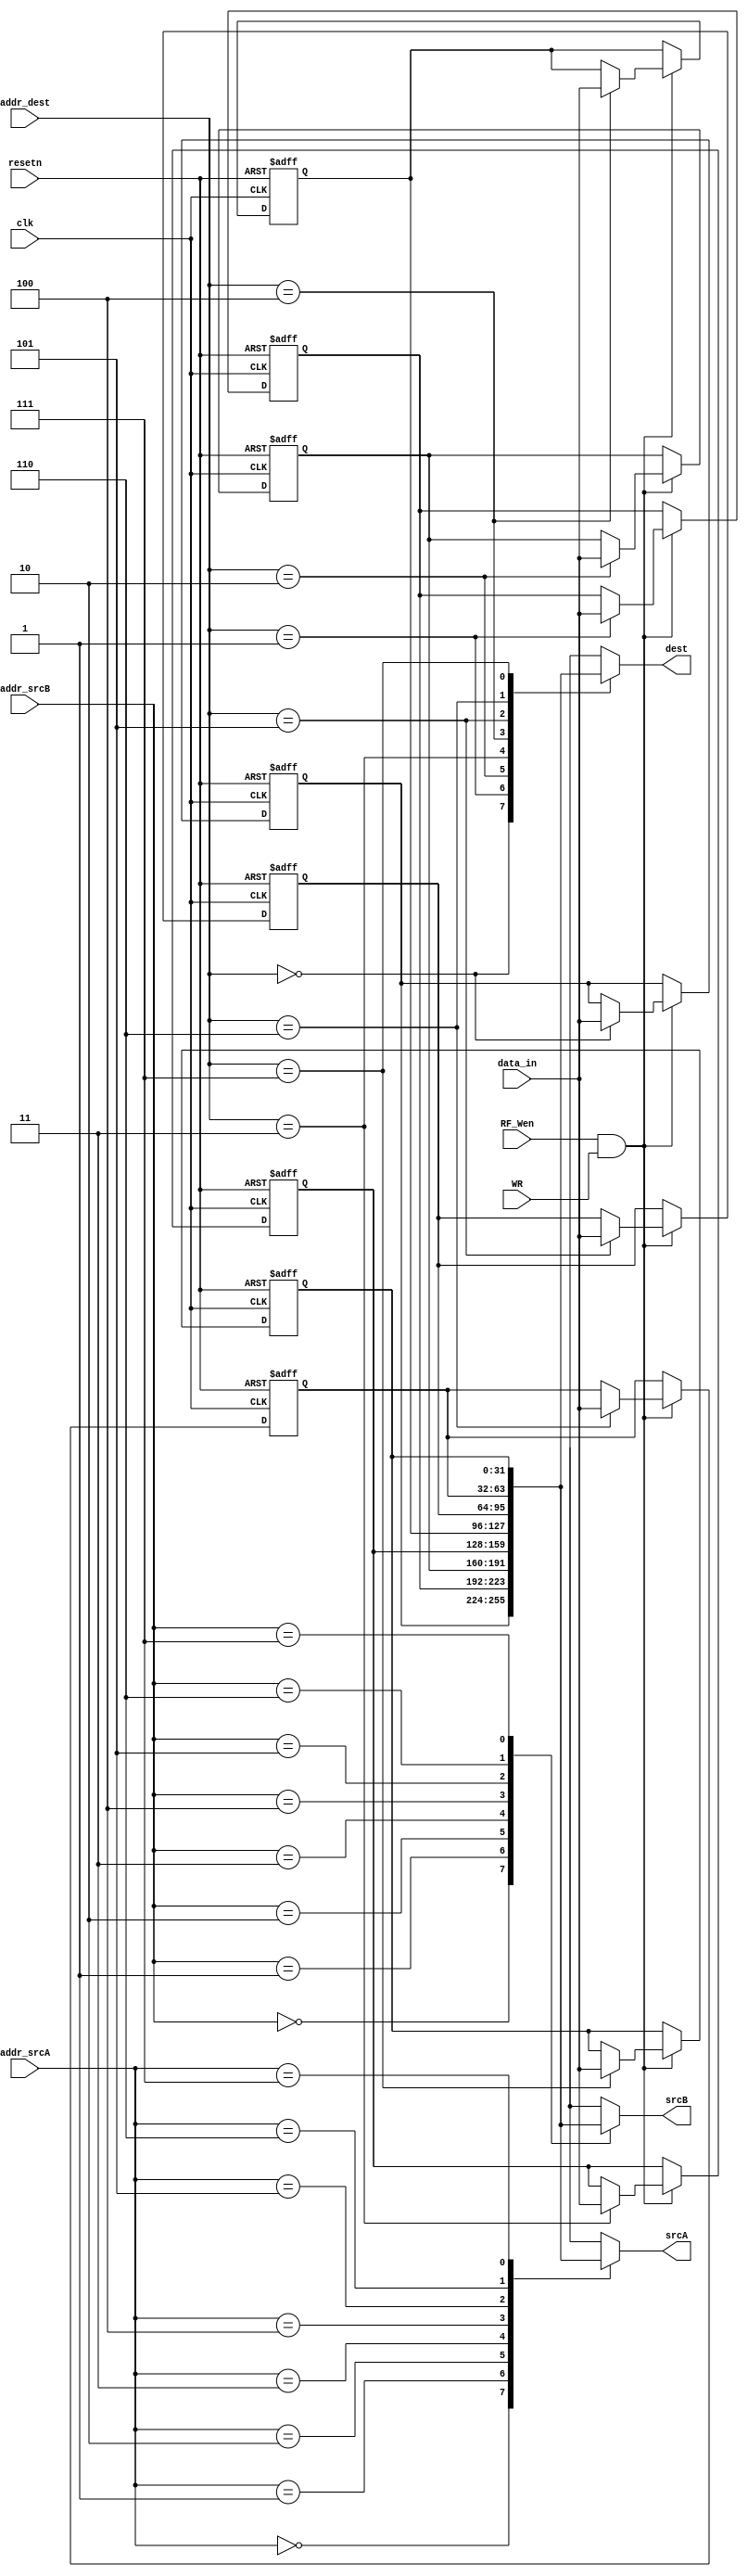
module RF (
  clk,
  resetn,
  addr_srcA,
  addr_srcB,
  addr_dest,
  data_in,
  RF_Wen,
  WR,

  dest,
  srcA,
  srcB
);

  // Word length
  parameter W = 32;

  // Input and outputs
  input          clk;
  input          resetn;
  input  [2:0]   addr_srcA;
  input  [2:0]   addr_srcB;
  input  [2:0]   addr_dest;
  input  [W-1:0] data_in;
  input          RF_Wen;
  input          WR;

  output [W-1:0] dest;
  output [W-1:0] srcA;
  output [W-1:0] srcB;

  // Inner reg
  reg [W-1:0] register [7:0];


  always @(posedge clk or negedge resetn)
    begin
      if (resetn == 1'b0)
        begin
          register[0] <= {W{1'b0}};
          register[1] <= {W{1'b0}};
          register[2] <= {W{1'b0}};
          register[3] <= {W{1'b0}};
          register[4] <= {W{1'b0}};
          register[5] <= {W{1'b0}};
          register[6] <= {W{1'b0}};
          register[7] <= {W{1'b0}};
        end
      else
        begin
          if (RF_Wen == 1'b1 && WR == 1'b1)
            begin
              register[addr_dest] <= data_in;
            end
        end
    end

  assign dest = register[addr_dest];
  assign srcA = register[addr_srcA];
  assign srcB = register[addr_srcB];

endmodule